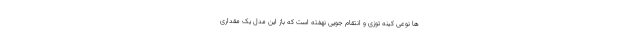
ها نوعی کینه توزی و انتقام جویی نهفته است که باز این مدل یک مقداری